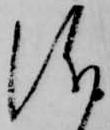
儀